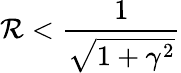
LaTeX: \mathcal R<\frac{1}{\sqrt{1+\gamma^{2}}}